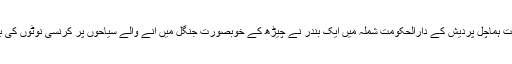
انڈیا کی ریاست ہماچل پردیش کے دارالحکومت شملہ میں ایک بندر نے چیڑھ کے خوبصورت جنگل میں آنے والے سیاحوں پر کرنسی نوٹوں کی بارش کر دی۔